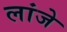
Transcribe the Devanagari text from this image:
लांजे